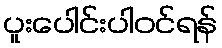
ပူးပေါင်းပါဝင်ရန်